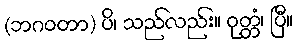
(ဘဂဝတာ) ပိ၊ သည်လည်း။ ဝုတ္တံ၊ ပြီ။